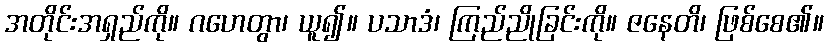
အတိုင်းအရှည်ကို။ ဂဟေတွာ၊ ယူ၍။ ပသာဒံ၊ ကြည်ညိုခြင်းကို။ ဇနေတိ၊ ဖြစ်စေ၏။